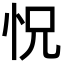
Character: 怳